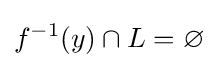
f^{-1}(y)\cap L=\varnothing